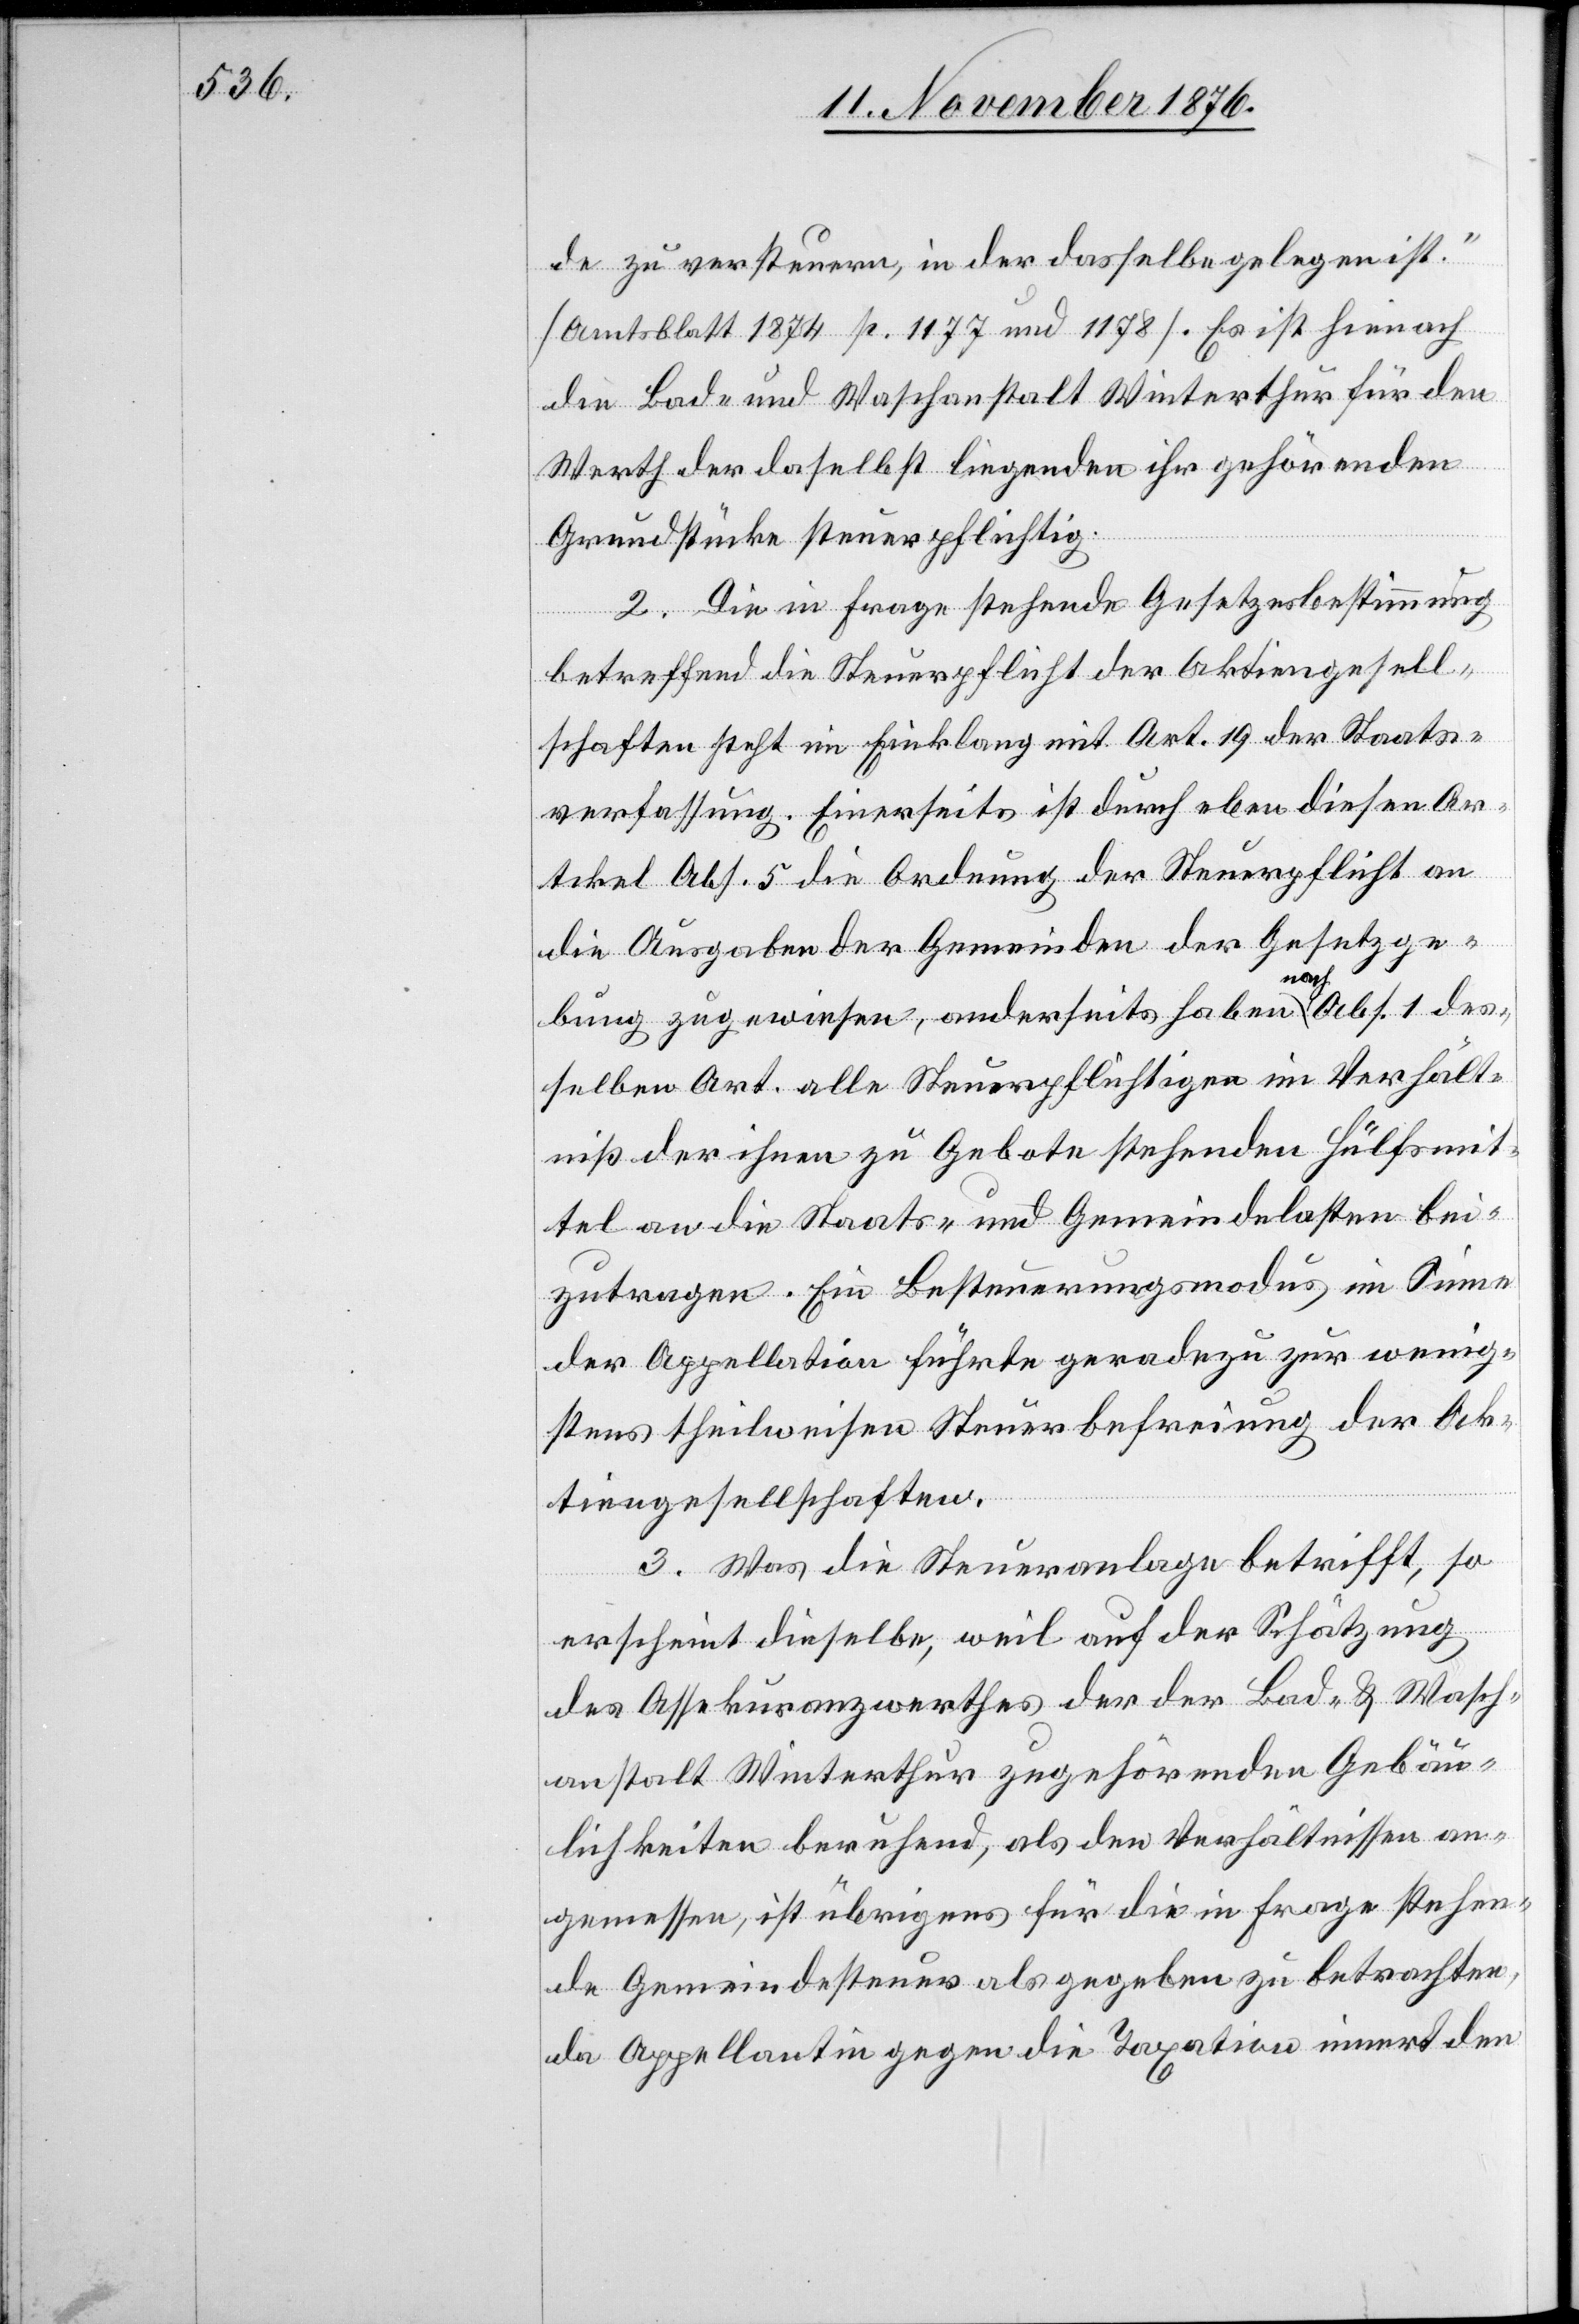
de zu versteuern, in der dasselbe gelegen ist.“
[Amtsblatt 1874 p. 1177 und 1178]. Es ist hienach
die Bad- und Waschanstalt Winterthur für den
Werth der daselbst liegenden ihr gehörenden
Grundstücke steuerpflichtig.
2. Die in Frage stehende Gesetzesbestimmung
betreffend die Steuerpflicht der Aktiengesell¬
schaften steht im Einklang mit Art. 19 der Staats¬
verfassung. Einerseits ist durch eben diesen Ar¬
tikel Abs. 5 die Ordnung der Steuerpflicht an
die Ausgaben der Gemeinden der Gesetzge¬
bung zugewiesen, anderseits haben nach Abs. 1 des¬
selben Art. alle Steuerpflichtigen im Verhält¬
niß der ihnen zu Gebote stehenden Hülfsmit¬
tel an die Staats- und Gemeindelasten bei¬
zutragen. Ein Besteuerungsmodus im Sinne
der Appellation führte geradezu zur wenig¬
stens theilweisen Steuerbefreiung der Ak¬
tiengesellschaften.
3. Was die Steueranlage betrifft, so
erscheint dieselbe, weil auf der Schätzung
des Assekuranzwerthes der der Bad- & Wasch¬
anstalt Winterthur zugehörenden Gebäu¬
lichkeiten beruhend, als den Verhältnissen an¬
gemessen, ist übrigens für die in Frage stehen¬
de Gemeindesteuer als gegeben zu betrachten,
da Appellantin gegen die Taxation innert den